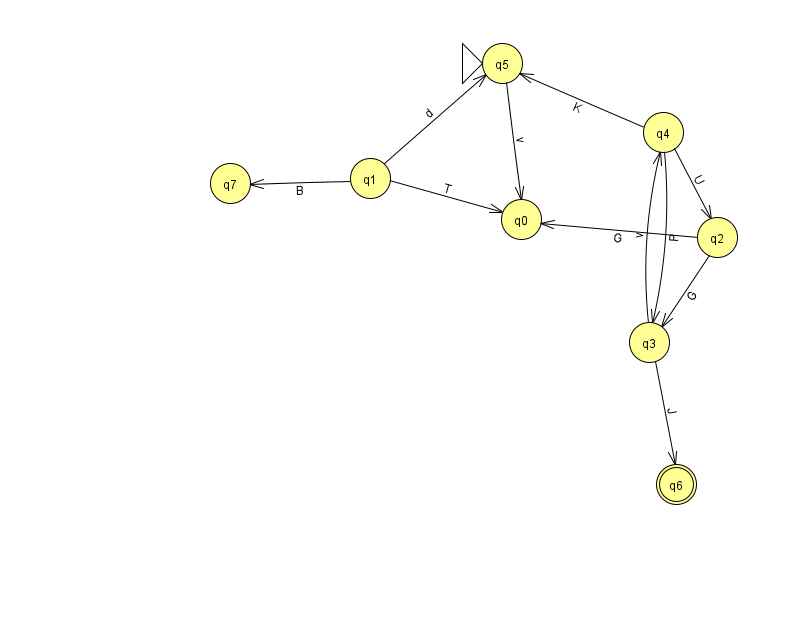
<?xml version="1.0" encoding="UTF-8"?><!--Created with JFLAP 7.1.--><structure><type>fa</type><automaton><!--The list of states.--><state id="0" name="q0"><x>521.0</x><y>206.0</y></state><state id="1" name="q1"><x>370.0</x><y>165.0</y></state><state id="2" name="q2"><x>717.0</x><y>224.0</y></state><state id="3" name="q3"><x>649.0</x><y>329.0</y></state><state id="4" name="q4"><x>663.0</x><y>119.0</y></state><state id="5" name="q5"><x>502.0</x><y>50.0</y><initial/></state><state id="6" name="q6"><x>676.0</x><y>471.0</y><final/></state><state id="7" name="q7"><x>230.0</x><y>170.0</y></state><!--The list of transitions.--><transition><from>2</from><to>3</to><read>G</read></transition><transition><from>4</from><to>3</to><read>P</read></transition><transition><from>5</from><to>0</to><read>v</read></transition><transition><from>4</from><to>2</to><read>U</read></transition><transition><from>4</from><to>5</to><read>K</read></transition><transition><from>1</from><to>7</to><read>B</read></transition><transition><from>3</from><to>6</to><read>J</read></transition><transition><from>3</from><to>4</to><read>v</read></transition><transition><from>1</from><to>0</to><read>T</read></transition><transition><from>2</from><to>0</to><read>G</read></transition><transition><from>1</from><to>5</to><read>d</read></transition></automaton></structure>